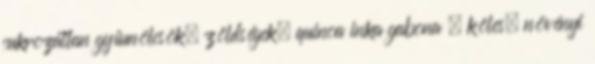
cukrozatlan gyümölcsök, zöldségek, quinoa inka gabona , köles, növényi